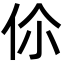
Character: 伱